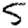
Digit: 5